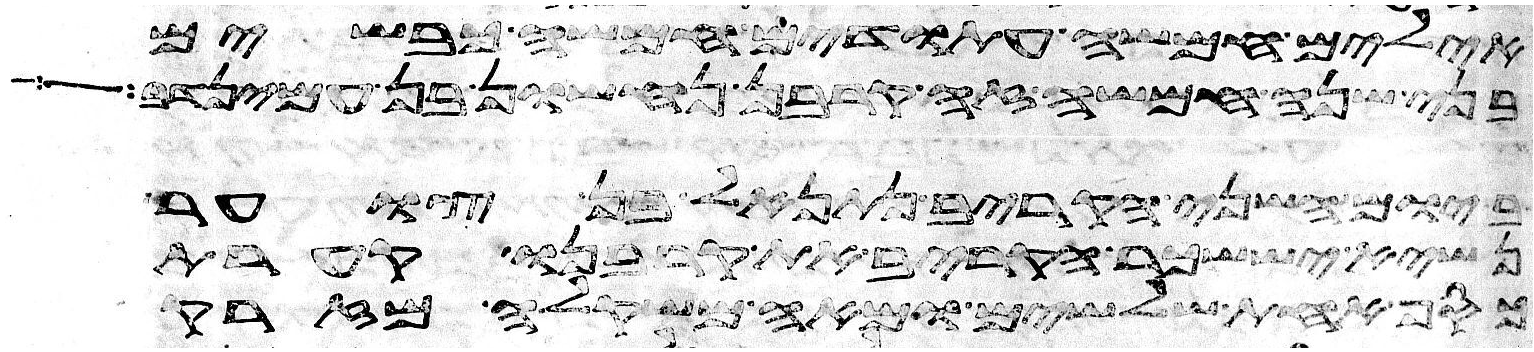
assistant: אילים חמשה עתודים חמשה כבשים
בני שנה חמשה זה קרבן נחשון בן עמינדב
ביום השני הקריב נתנאל בן צוער
נשיא יששכר הקריב את קרבנו קערת
כסף אחת שלשים ומאה משקלה מזרק